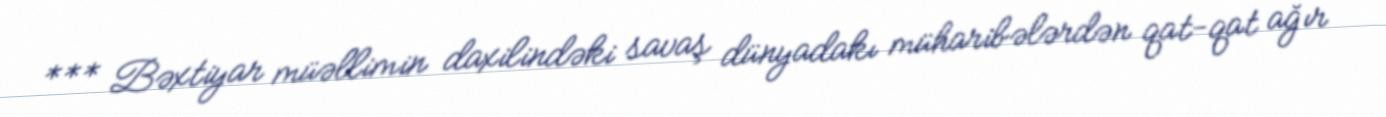
*** Bəxtiyar müəllimin daxilindəki savaş dünyadakı müharibələrdən qat-qat ağır